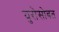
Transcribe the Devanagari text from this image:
युरोसोबत